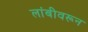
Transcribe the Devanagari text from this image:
लांबीवरून